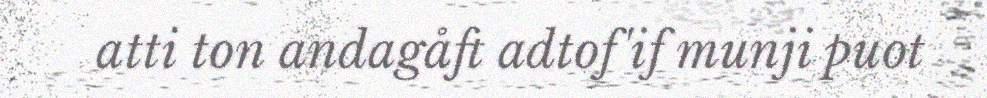
atti ton andagåft adtof'if munji puot